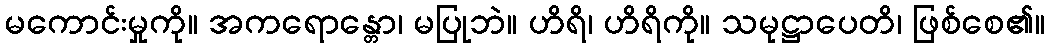
မကောင်းမှုကို။ အကရောန္တော၊ မပြုဘဲ။ ဟိရိ၊ ဟိရိကို။ သမုဋ္ဌာပေတိ၊ ဖြစ်စေ၏။